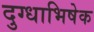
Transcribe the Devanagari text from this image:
दुग्‍धाभिषेक